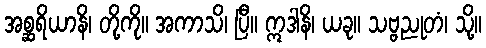
အစ္ဆရိယာနိ၊ တို့ကို။ အကာသိ၊ ပြီ။ ဣဒါနိ၊ ယခု။ သဗ္ဗညုတံ၊ သို့။